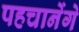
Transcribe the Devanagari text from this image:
पहचानेंगे